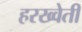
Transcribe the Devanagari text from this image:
हरख्वेती